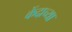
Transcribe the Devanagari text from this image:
केंदाच्या